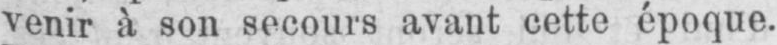
venir à son secours avant cette époque.